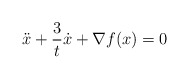
\begin{align*} \ddot{x} + \frac{3}{t} \dot{x} + \nabla f(x) = 0 \end{align*}